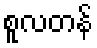
စူလတန်